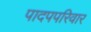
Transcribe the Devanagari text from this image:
पादपपरिवार